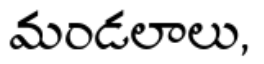
మండలాలు,